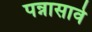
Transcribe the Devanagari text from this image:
पन्नासावे